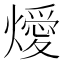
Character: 燰